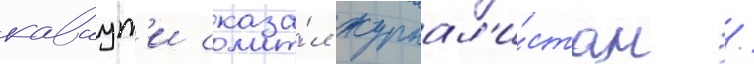
каваут'и сказа́л журнал'и́стам /